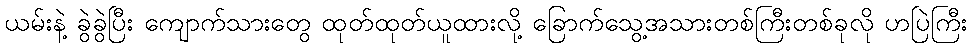
ယမ်းနဲ့ ခွဲခွဲပြီး ကျောက်သားတွေ ထုတ်ထုတ်ယူထားလို့ ခြောက်သွေ့အသားတစ်ကြီးတစ်ခုလို ဟပြဲကြီး